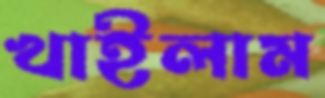
খাইলাম